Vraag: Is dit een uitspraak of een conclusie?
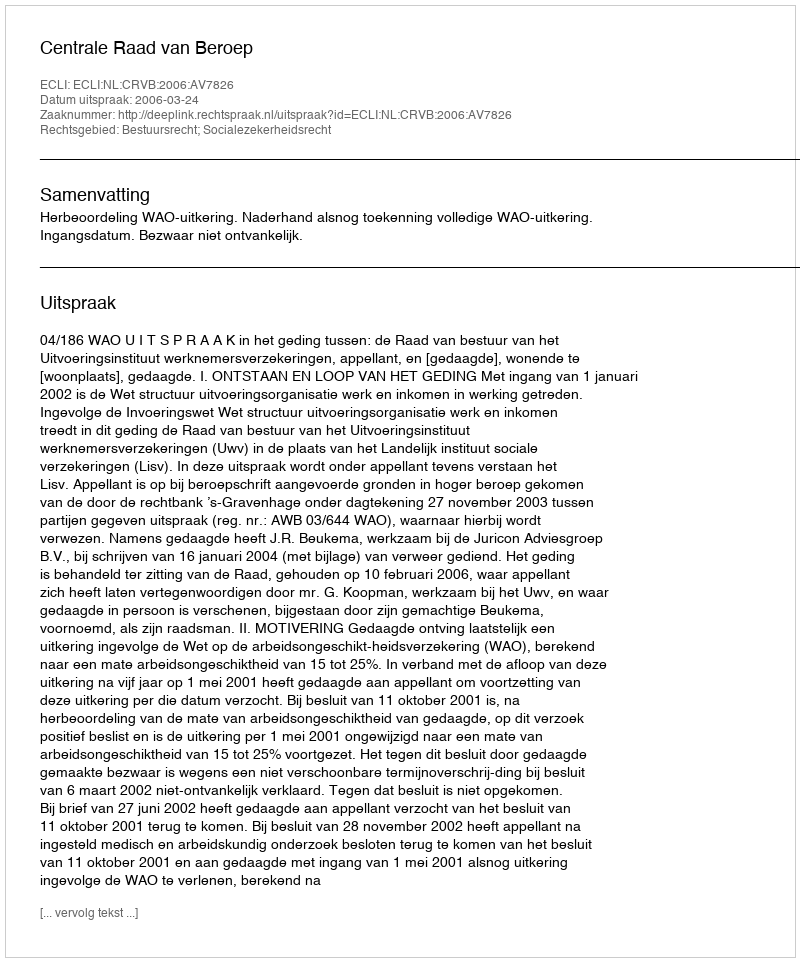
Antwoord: Uitspraak